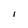
Character: I